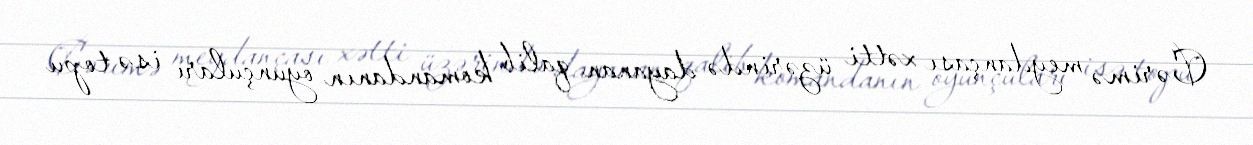
Cərimə meydançası xətti üzərində dayanan qalib komandanın oyunçuları isə topu